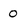
Character: 0